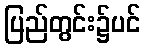
ပြည်တွင်း၌ပင်